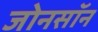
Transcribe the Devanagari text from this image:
जोनसॉन